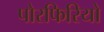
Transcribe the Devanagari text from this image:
पोरफिरियो